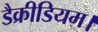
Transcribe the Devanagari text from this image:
डैक्रीडियम।